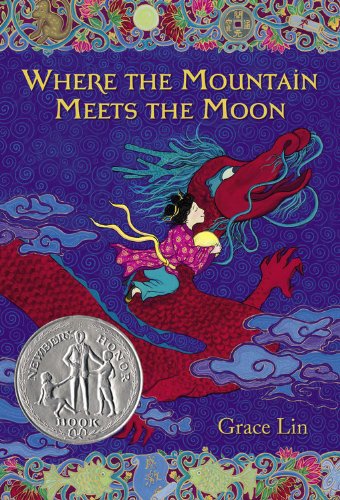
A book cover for Where the Mountain Meets the Moon; Grace Lin; Children's Books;